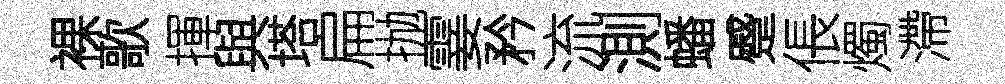
裸歌揮與塔扁抛霎矜流測蟠蹙倀燭滯